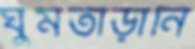
ঘুমতাড়ানি